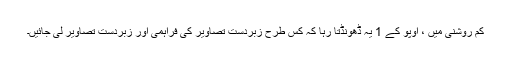
کم روشنی میں ، اوپو کے 1 یہ ڈھونڈتا رہا کہ کس طرح زبردست تصاویر کی فراہمی اور زبردست تصاویر لی جائیں۔